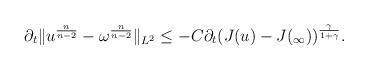
LaTeX: \begin{align*}\partial_{t} \Vert u^{\frac{n}{n-2}}-\omega^{\frac{n}{n-2}}\Vert_{L^{2}}\leq -C\partial_{t}(J(u)-J(_{\infty}))^{\frac{\gamma}{1+\gamma}}.\end{align*}